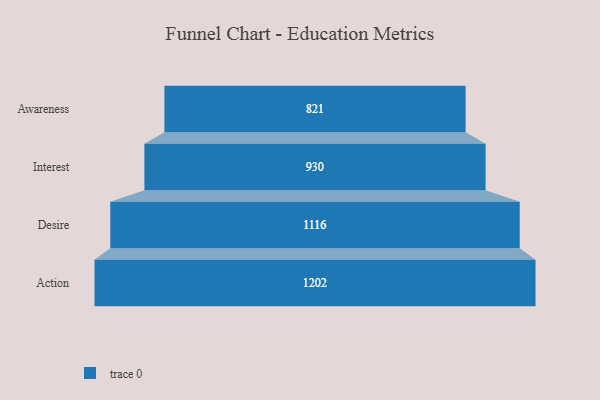
{"axis": {"x": "Stage", "y": "Value"}, "legend": [""], "data": [{"x": "Awareness", "y": 821.0, "type": ""}, {"x": "Interest", "y": 930.0, "type": ""}, {"x": "Desire", "y": 1116.0, "type": ""}, {"x": "Action", "y": 1202.0, "type": ""}]}